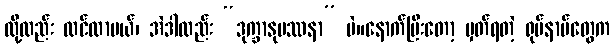
လို့လည်း ထင်လာမယ်၊ အဲဒါလည်း “ဒုက္ခာနုပဿနာ” ပဲ။နောက်ပြီးတော့ မှတ်ရတဲ့ ရုပ်နာမ်တွေက